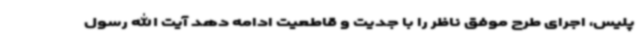
پلیس، اجرای طرح موفق ناظر را با جدیت و قاطعیت ادامه دهد آیت الله رسول